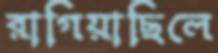
রাগিয়াছিলে